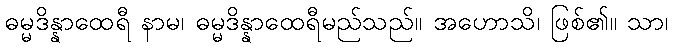
ဓမ္မဒိန္နာထေရီ နာမ၊ ဓမ္မဒိန္နာထေရီမည်သည်။ အဟောသိ၊ ဖြစ်၏။ သာ၊